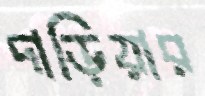
দাড়িয়ার